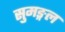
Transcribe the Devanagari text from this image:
सुमङ्गल